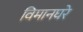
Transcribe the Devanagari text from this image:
विमानघरे